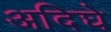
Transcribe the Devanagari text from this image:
अदिघे